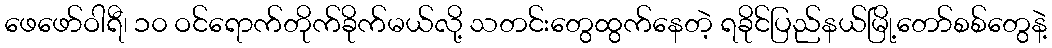
ဖေဖော်ဝါရီ၊ ၁၀ ဝင်ရောက်တိုက်ခိုက်မယ်လို့ သတင်းတွေထွက်နေတဲ့ ရခိုင်ပြည်နယ်မြို့တော်စစ်တွေနဲ့